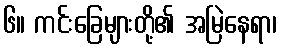
၆။ ကင်းခြေများတို့၏ အမြဲနေရာ၊